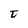
Character: t